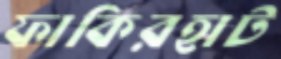
ফাকিরহাট